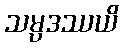
သမ္ပဒဿယိ